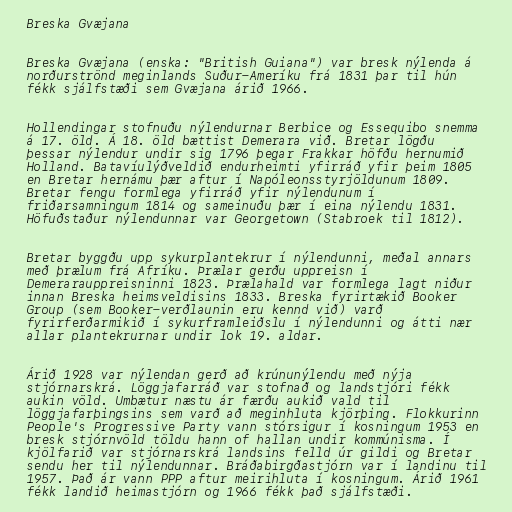
Breska Gvæjana

Breska Gvæjana (enska: "British Guiana") var bresk nýlenda á
norðurströnd meginlands Suður-Ameríku frá 1831 þar til hún
fékk sjálfstæði sem Gvæjana árið 1966.

Hollendingar stofnuðu nýlendurnar Berbice og Essequibo snemma
á 17. öld. Á 18. öld bættist Demerara við. Bretar lögðu
þessar nýlendur undir sig 1796 þegar Frakkar höfðu hernumið
Holland. Batavíulýðveldið endurheimti yfirráð yfir þeim 1805
en Bretar hernámu þær aftur í Napóleonsstyrjöldunum 1809.
Bretar fengu formlega yfirráð yfir nýlendunum í
friðarsamningum 1814 og sameinuðu þær í eina nýlendu 1831.
Höfuðstaður nýlendunnar var Georgetown (Stabroek til 1812).

Bretar byggðu upp sykurplantekrur í nýlendunni, meðal annars
með þrælum frá Afríku. Þrælar gerðu uppreisn í
Demerarauppreisninni 1823. Þrælahald var formlega lagt niður
innan Breska heimsveldisins 1833. Breska fyrirtækið Booker
Group (sem Booker-verðlaunin eru kennd við) varð
fyrirferðarmikið í sykurframleiðslu í nýlendunni og átti nær
allar plantekrurnar undir lok 19. aldar.

Árið 1928 var nýlendan gerð að krúnunýlendu með nýja
stjórnarskrá. Löggjafarráð var stofnað og landstjóri fékk
aukin völd. Umbætur næstu ár færðu aukið vald til
löggjafarþingsins sem varð að meginhluta kjörþing. Flokkurinn
People's Progressive Party vann stórsigur í kosningum 1953 en
bresk stjórnvöld töldu hann of hallan undir kommúnisma. Í
kjölfarið var stjórnarskrá landsins felld úr gildi og Bretar
sendu her til nýlendunnar. Bráðabirgðastjórn var í landinu til
1957. Það ár vann PPP aftur meirihluta í kosningum. Árið 1961
fékk landið heimastjórn og 1966 fékk það sjálfstæði.